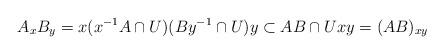
LaTeX: \begin{align*}A_x B_y = x(x^{-1}A \cap U)(By^{-1} \cap U)y \subset AB \cap Uxy = (AB)_{xy}\end{align*}